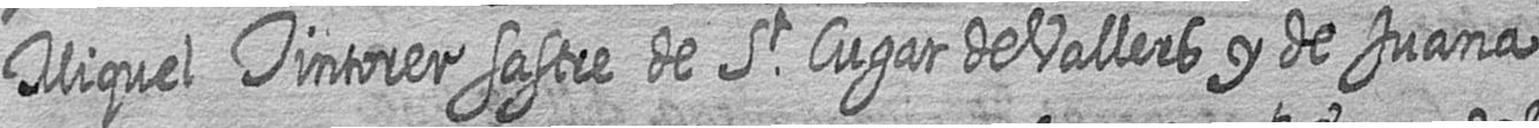
Miquel Tintorer sastre de St Cugat de Vallers y de Juana